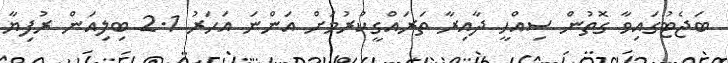
ބަޖެޓުގައިވާ ގޮތުން ސިއްހީ ދާއިރާ ތަރައްގީކުރުމަށް އަންނަ އަހަރު 2.1 ބިލިއަން ރުފިޔާ